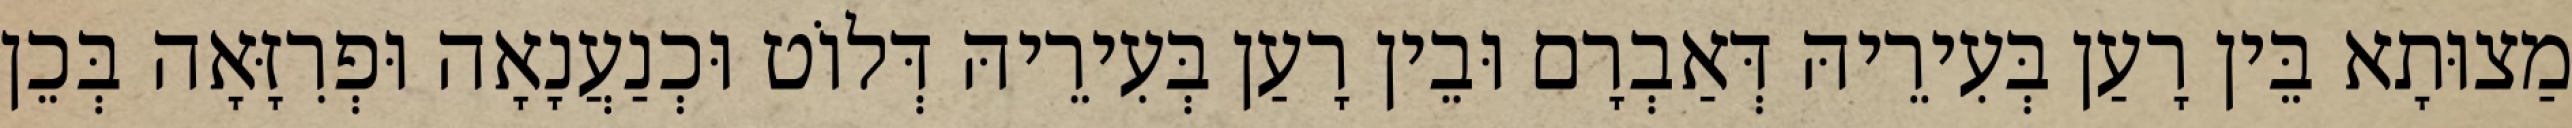
מַצוּתָא בֵּין רָעַן בְּעִירֵיהּ דְּאַבְרָם וּבֵין רָעַן בְּעִירֵיהּ דְּלוֹט וּכְנַעֲנָאָה וּפְרִזָּאָה בְּכֵן